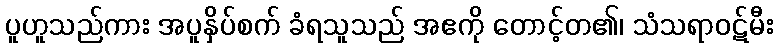
ပူဟူသည်ကား အပူနှိပ်စက် ခံရသူသည် အဧကို တောင့်တ၏၊ သံသရာဝဋ်မီး